Lunatic asylums Burma 1907-21 - 1907-1921
Year: 1907
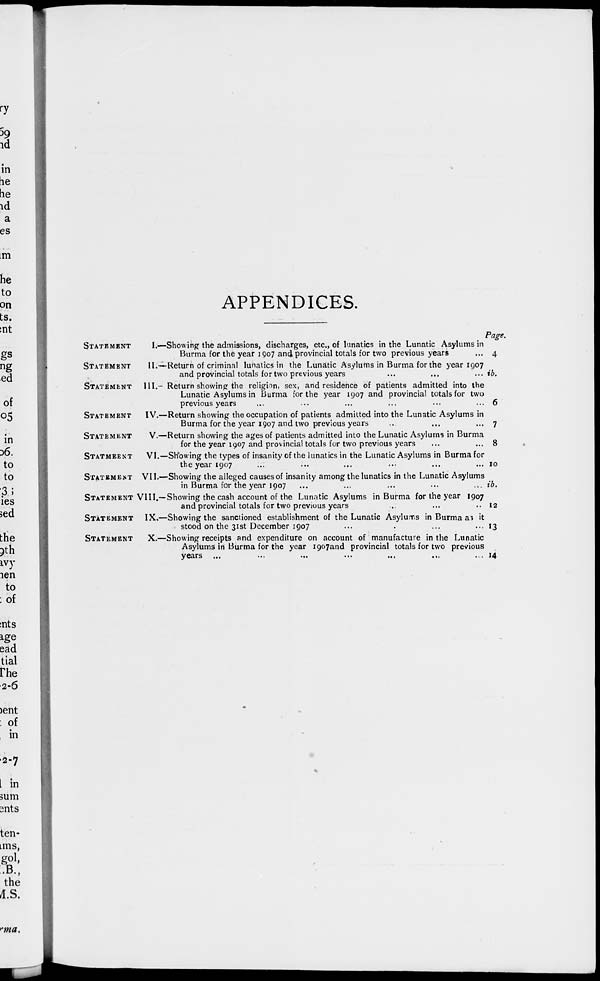
APPENDICES.
STATEMENT
I.—
STATEMENT II.—
STATEMENT III.—
STATEMENT IV.—
STATEMENT V. —
STATEMENT VI.—
STATEMENT VII.—
STATEMENT VIII.—
STATEMENT IX. —
STATEMENT X. —
Showing the admissions, discharges, etc., of lunatics in the Lunatic Asylums in
Burma for the year 1907 and provincial totals for two previous years ...
Return of criminal lunatics in the Lunatic Asylums in Burma for the year 1907
and provincial totals for two previous years ... ... ...
Return showing the religion, sex, and residence of patients admitted into the
Lunatic Asylums in Burma for the year 1907 and provincial totals for two
previous years ... ... ... ... ... ...
Return showing the occupation of patients admitted into the Lunatic Asylums in
Burma for the year 1907 and two previous years ... ... ...
Return showing the ages of patients admitted into the Lunatic Asylums in Burma
for the year 1907 and provincial totals for two previous years ... ...
Showing the types of insanity of the lunatics in the Lunatic Asylums in Burma for
the year 1907 ... ... ... ... ... ...
Showing the alleged causes of insanity among the lunatics in the Lunatic Asylums
in Burma for the year 1907 ... ... ... ... ... ...
Showing the cash account of the Lunatic Asylums in Burma for the year 1907
and provincial totals for two previous years ... ... ... ...
Showing the sanctioned establishment of the Lunatic Asylums in Burma as it
stood on the 31st December 1907 ... ... ... ...
Showing receipts and expenditure on account of manufacture in the Lunatic
Asylums in Burma for the year 1907 and provincial totals for two previous
years ... ... ... ... ... ... ...
Page.
4
ib.
6
7
8
10
ib.
12
13
14